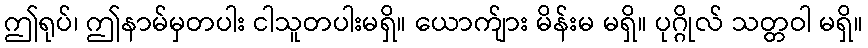
ဤရုပ်၊ ဤနာမ်မှတပါး ငါသူတပါးမရှိ။ ယောက်ျား မိန်းမ မရှိ။ ပုဂ္ဂိုလ် သတ္တဝါ မရှိ။